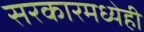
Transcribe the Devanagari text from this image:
सरकारमध्येही